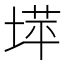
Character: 𫮉